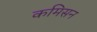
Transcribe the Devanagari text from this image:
कमिसन